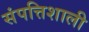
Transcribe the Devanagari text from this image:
संपत्तिशाली